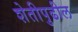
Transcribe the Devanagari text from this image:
शेतीपुढील